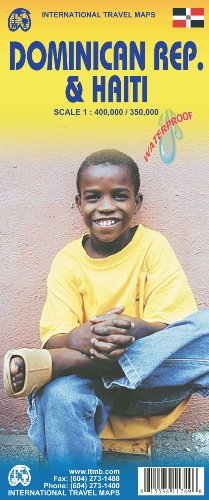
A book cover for Dominican Republic 1:400,000 & Haiti 1:350,000 Travel Map (International Travel Maps); ITM Canada; Travel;